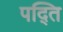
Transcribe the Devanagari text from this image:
पद्ति